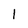
Character: l